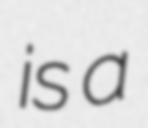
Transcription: is a